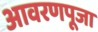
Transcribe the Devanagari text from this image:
आवरणपूजा